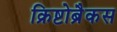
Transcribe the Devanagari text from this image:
क्रिष्टोब्रैकस